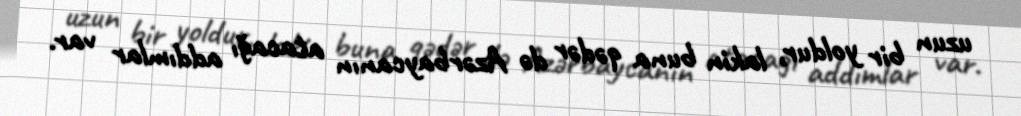
uzun bir yoldur, lakin buna qədər də Azərbaycanın atacağı addımlar var.